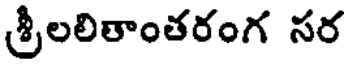
శ్రీలలితాంతరంగ సర